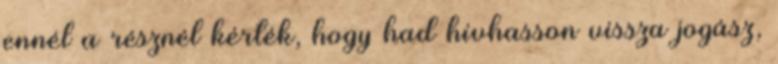
ennél a résznél kérték, hogy had hívhasson vissza jogász,